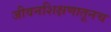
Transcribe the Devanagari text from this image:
जीवनशिक्षणातूनच